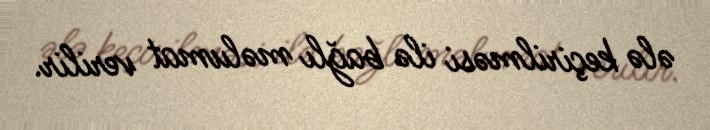
ələ keçirilməsi ilə bağlı məlumat verilir.